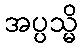
အပ္ပသ္မိ